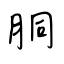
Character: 胴